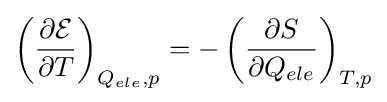
\left({\frac {\partial {\mathcal {E}}}{\partial T}}\right)_{Q_{ele},p}=-\left({\frac {\partial S}{\partial Q_{ele}}}\right)_{T,p}